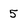
Character: 5